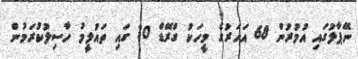
ނޭޕާލުގައި އުމުރުން 68 އަހަރުގެ މީހަކު ގްރޭޑް 10 ގައި ތައުލީމު ހާސިލުކުރަމުން